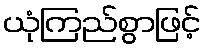
ယုံကြည်စွာဖြင့်